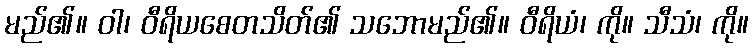
မည်၏။ ဝါ၊ ဝီရိယစေတသိတ်၏ သဘောမည်၏။ ဝီရိယံ၊ ကို။ သီသံ၊ ကို။